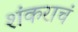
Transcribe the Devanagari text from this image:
शंकराचं